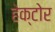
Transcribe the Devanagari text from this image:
हेक्टोर